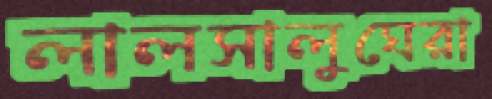
লালসালুঘেরা